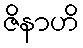
ဇိနာဟိ